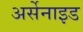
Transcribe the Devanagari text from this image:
अर्सेनाइड